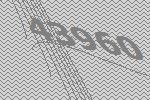
43960